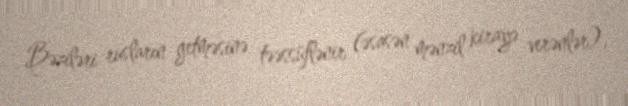
Bəziləri rusların getməsinə təəssüflənir (əsasən mənzil kirayə verənlər),